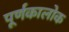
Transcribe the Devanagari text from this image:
पूर्णकालोक